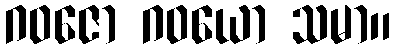
ဂဝဇော ဂဝယော သမာ။